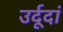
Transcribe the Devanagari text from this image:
उर्दूदां